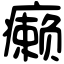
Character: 癞